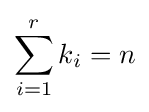
\sum _{i=1}^{r}k_{i}=n